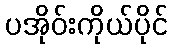
ပအိုဝ်းကိုယ်ပိုင်